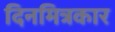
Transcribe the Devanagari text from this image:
दिनमित्रकार